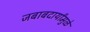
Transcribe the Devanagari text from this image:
जबाबदार्यांमुळे